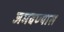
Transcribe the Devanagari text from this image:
जमवण्यास